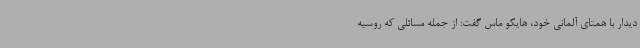
دیدار با همتای آلمانی خود، هایکو ماس گفت: از جمله مسائلی که روسیه